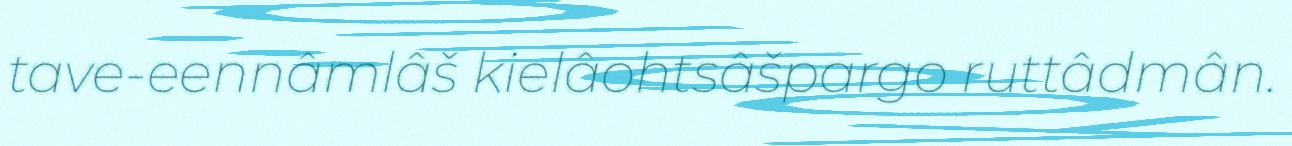
tave-eennâmlâš kielâohtsâšpargo ruttâdmân.